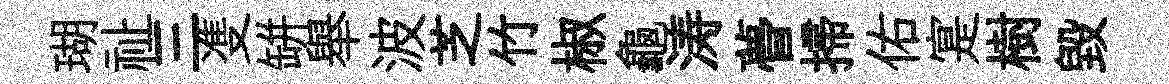
瑚祉三㕠缾舉波芝竹椒龜涛瞢掃佑寔樹毁